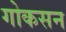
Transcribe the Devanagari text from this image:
गोकसन